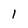
Character: I